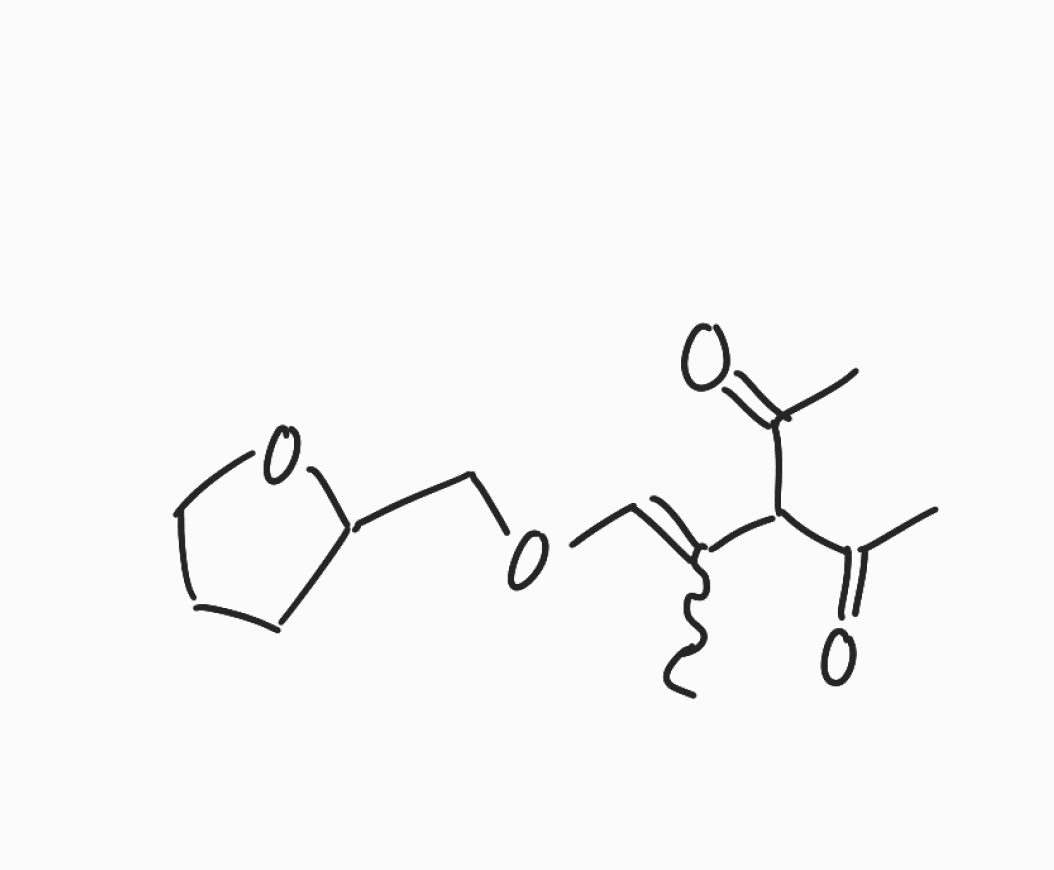
Simplified molecular-input line-entry system (SMILES) notation of the given molecule:
CC(=COCC1CCCO1)C(C(=O)C)C(=O)C